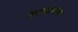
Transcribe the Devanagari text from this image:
साधाणया